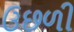
ઉછળી